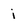
Character: i